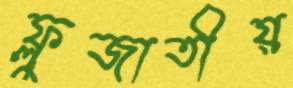
ফ্লুজাতীয়